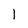
Character: l